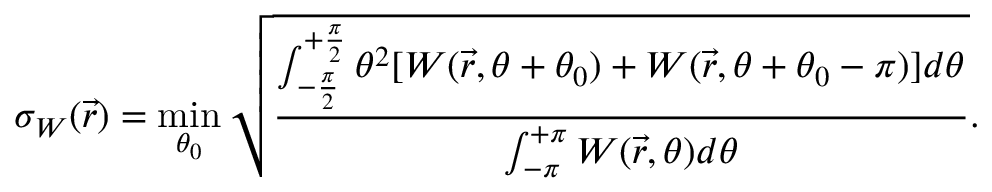
\sigma _ { W } ( \vec { r } ) = \operatorname* { m i n } _ { \theta _ { 0 } } \sqrt { \frac { \int _ { - \frac { \pi } { 2 } } ^ { + \frac { \pi } { 2 } } \theta ^ { 2 } [ W ( \vec { r } , \theta + \theta _ { 0 } ) + W ( \vec { r } , \theta + \theta _ { 0 } - \pi ) ] d \theta } { \int _ { - \pi } ^ { + \pi } W ( \vec { r } , \theta ) d \theta } } .